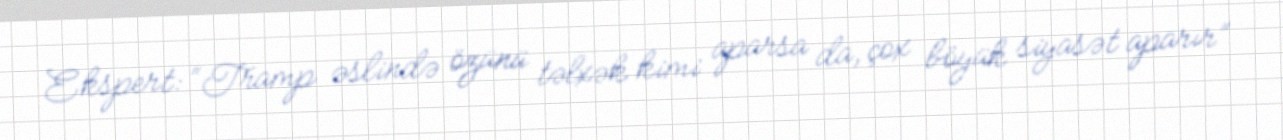
Ekspert: “Tramp əslində özünü təlxək kimi aparsa da, çox böyük siyasət aparır”